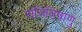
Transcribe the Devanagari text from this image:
संधिविषाणु